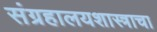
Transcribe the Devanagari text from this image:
संग्रहालयशास्त्राचा